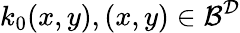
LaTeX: k_{0}(x,y),(x,y)\in\mathcal{B}^{\mathcal{D}}